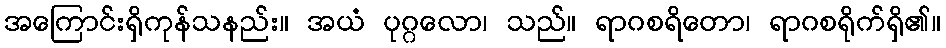
အကြောင်းရှိကုန်သနည်း။ အယံ ပုဂ္ဂလော၊ သည်။ ရာဂစရိတော၊ ရာဂစရိုက်ရှိ၏။